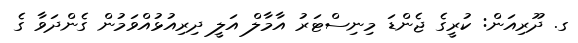
ގ. ދޫރިއަން: ކުރީގެ ޖެންޑަ މިނިސްޓަރު އާމާލް އަލީ ދިރިއުޅުއްވަމުން ގެންދަވާ ގެ